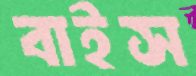
বাইস